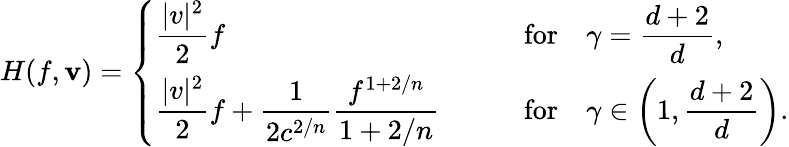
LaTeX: H(f,\mathbf{v})=\left\{ \begin{array}{ll}{\displaystyle\frac{|v|^{2}}{2}f\qquad}&{\mathrm{for}\quad\displaystyle\gamma=\frac{d+2}{d},}\\ {\displaystyle\frac{|v|^{2}}{2}f+\frac{1}{2c^{2/n}}\frac{f^{1+2/n}}{1+2/n}\qquad}&{\mathrm{for}\quad\displaystyle\gamma\in\left(1,\frac{d+2}d\right).}\end{array}\right.